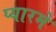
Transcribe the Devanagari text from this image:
प्यारमे